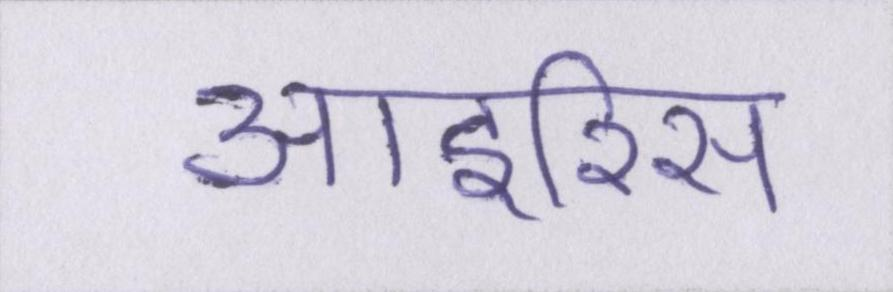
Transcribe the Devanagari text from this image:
आइरिस